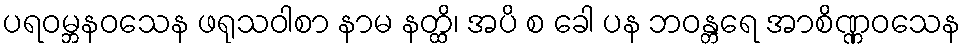
ပရဝမ္ဘနဝသေန ဖရုသဝါစာ နာမ နတ္ထိ၊ အပိ စ ခေါ ပန ဘဝန္တရေ အာစိဏ္ဏဝသေန